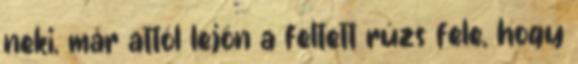
neki, már attól lejön a feltett rúzs fele, hogy